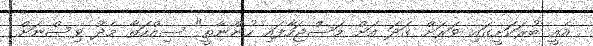
އެއީ ބުރަކަށީގައި ވަރަށް ގަދަ އަށް މަސްޖަހާފައި ހުންނާތީ" ސިއްހަތާ މެދު ވިސްނަށް